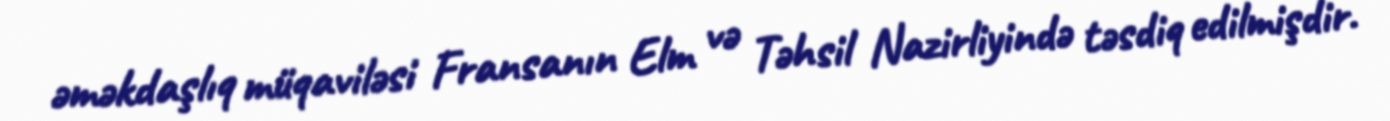
əməkdaşlıq müqaviləsi Fransanın Elm və Təhsil Nazirliyində təsdiq edilmişdir.